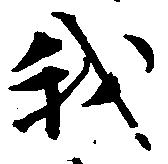
我